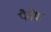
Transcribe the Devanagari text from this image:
पैनेग्रा